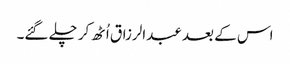
اس کے بعد عبدالرزاق اُٹھ کر چلے گئے۔